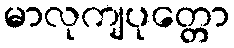
မာလုကျပုတ္တော